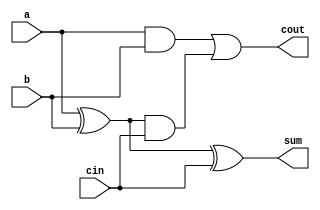
module full_adder(input a, b, cin, output sum, cout);
   wire t1, t2,t3,t4;
   xor X1(t1, a, b);
   xor X2(sum, t1, cin);
   and A1(t3, a, b);
   and A2(t4, t1, cin);
   or O1(cout, t3, t4);
endmodule